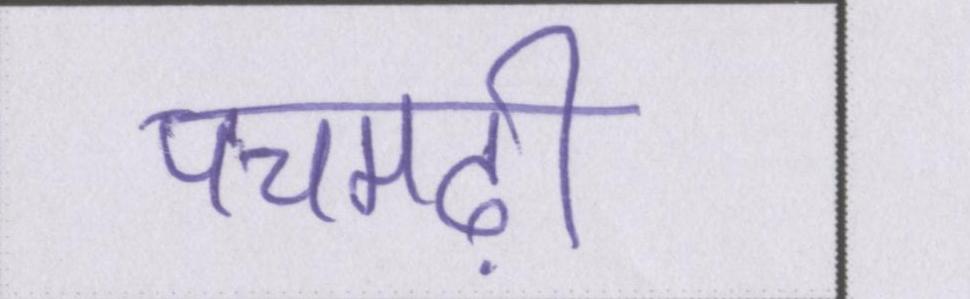
पचमढ़ी